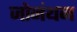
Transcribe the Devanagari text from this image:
जोनंथन